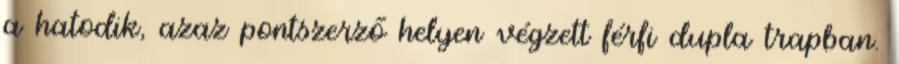
a hatodik, azaz pontszerző helyen végzett férfi dupla trapban.